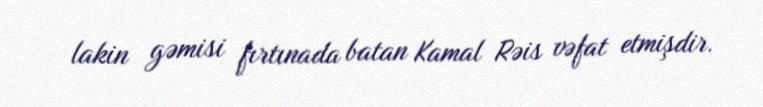
lakin gəmisi fırtınada batan Kamal Rəis vəfat etmişdir.